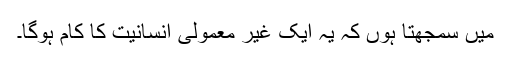
میں سمجھتا ہوں کہ یہ ایک غیر معمولی انسانیت کا کام ہوگا۔